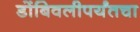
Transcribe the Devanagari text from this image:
डोंबिवलीपर्यंतचा